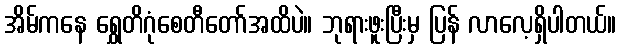
အိမ်ကနေ ရွှေတိဂုံစေတီတော်အထိပဲ။ ဘုရားဖူးပြီးမှ ပြန် လာလေ့ရှိပါတယ်။